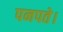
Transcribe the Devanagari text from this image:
पनपते।